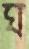
ঘ